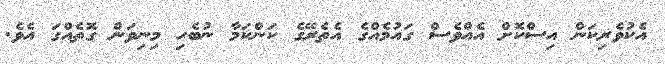
އެކުވެރިކަން އިސްކޮށް އެއްވެސް ގައުމެއްގެ އެެތެރޭގެ ކަންކަމާ ނުބެހި މިނިވަން ގޮތެއްގަ އެވެ.